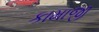
કામાજી